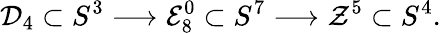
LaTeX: {\cal D}_{4}\subset S^{3}\longrightarrow{\cal E}_{8}^{0}\subset S^{7}\longrightarrow{\cal Z}^{5}\subset S^{4}.